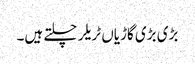
بڑی بڑی گاڑیاں ٹریلر چلتے ہیں۔